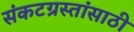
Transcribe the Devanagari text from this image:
संकटग्रस्तांसाठी